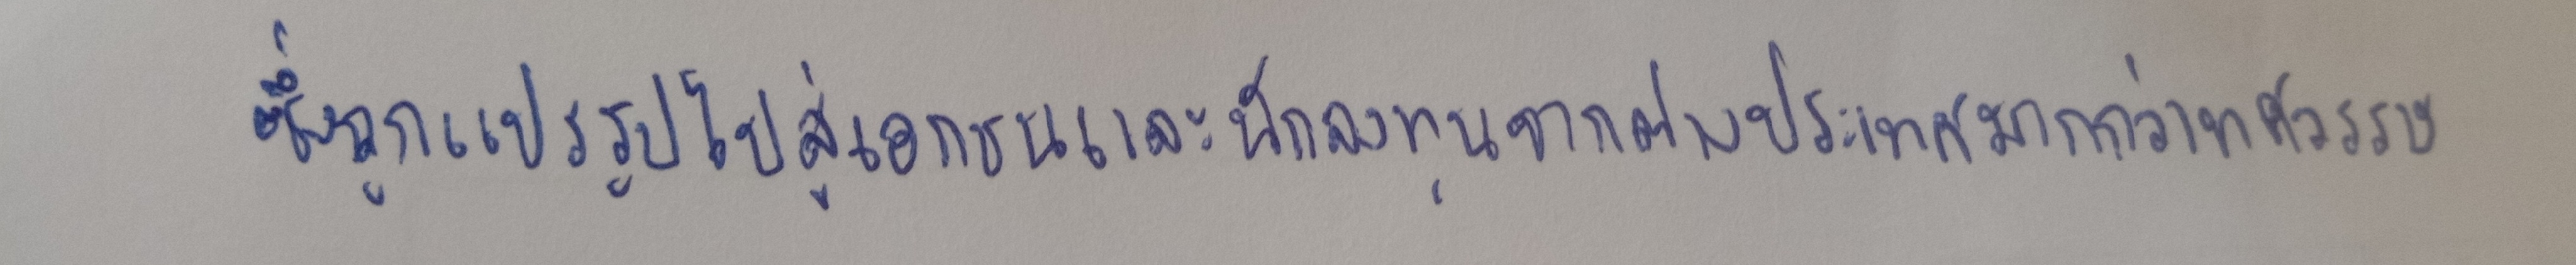
ซึ่งถูกแปรรูปไปสู่เอกชนและนักลงทุนจากต่างประเทศมากว่าทศวรรษ)